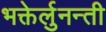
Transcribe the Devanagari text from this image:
भक्तेर्लुनन्ती